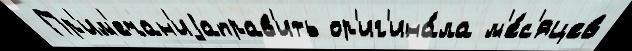
 Пр'им'ечан'иjаправ'ить ор'иг'ина́ла м'е́с'яцев